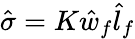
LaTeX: \hat{\sigma}=K\hat{w}_{f}\hat{l}_{f}